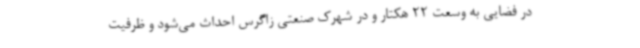
در فضایی به وسعت 22 هکتار و در شهرک صنعتی زاگرس احداث می‌شود و ظرفیت